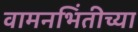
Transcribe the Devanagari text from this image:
वामनभिंतीच्या